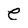
Character: e